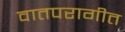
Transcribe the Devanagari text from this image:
वातपरागीत